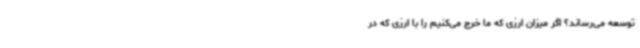
توسعه می‌رساند؟ اگر میزان ارزی که ما خرج می‌کنیم را با ارزی که در